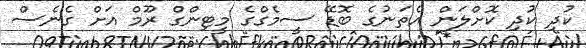
ކުުދި ކުދި ކޮށްލަން އެތަނުގެ ބޮޑޭ ސީމެގްގެ މީޓިންގް ރޫމް އަށް ގެނެސް